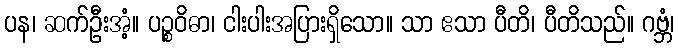
ပန၊ ဆက်ဦးအံ့။ ပဉ္စဝိဓာ၊ ငါးပါးအပြားရှိသော။ သာ ဧသာ ပီတိ၊ ပီတိသည်။ ဂဗ္ဘံ၊